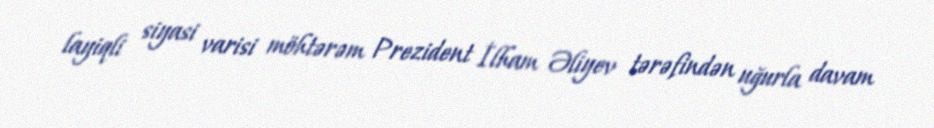
layiqli siyasi varisi möhtərəm Prezident İlham Əliyev tərəfindən uğurla davam